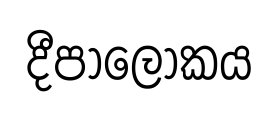
දීපාලෝකය